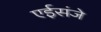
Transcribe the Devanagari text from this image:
एईसंजे